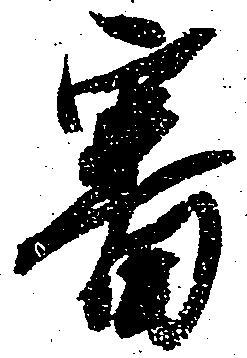
審